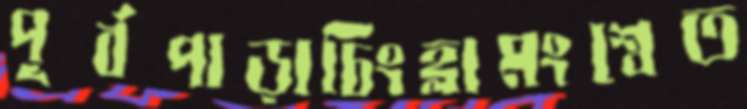
পূর্বপাড়াচিংহ্লামংশ্বেত